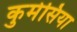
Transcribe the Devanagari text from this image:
कुमेसिया